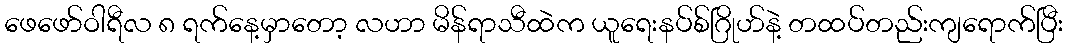
ဖေဖော်ဝါရီလ ၈ ရက်နေ့မှာတော့ လဟာ မိန်ရာသီထဲက ယူရေးနပ်စ်ဂြိုဟ်နဲ့ တထပ်တည်းကျရောက်ပြီး